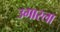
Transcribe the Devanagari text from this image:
उगारला